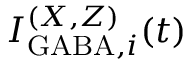
I _ { \mathrm { G A B A } , i } ^ { ( X , Z ) } ( t )